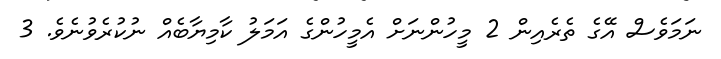
ނަމަވެސް އޭގެ ތެރެއިން 2 މީހުންނަށް އެމީހުންގެ އަމަލު ކާމިޔާބެއް ނުކުރެވުނެވެ. 3